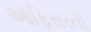
ઑફિસરની